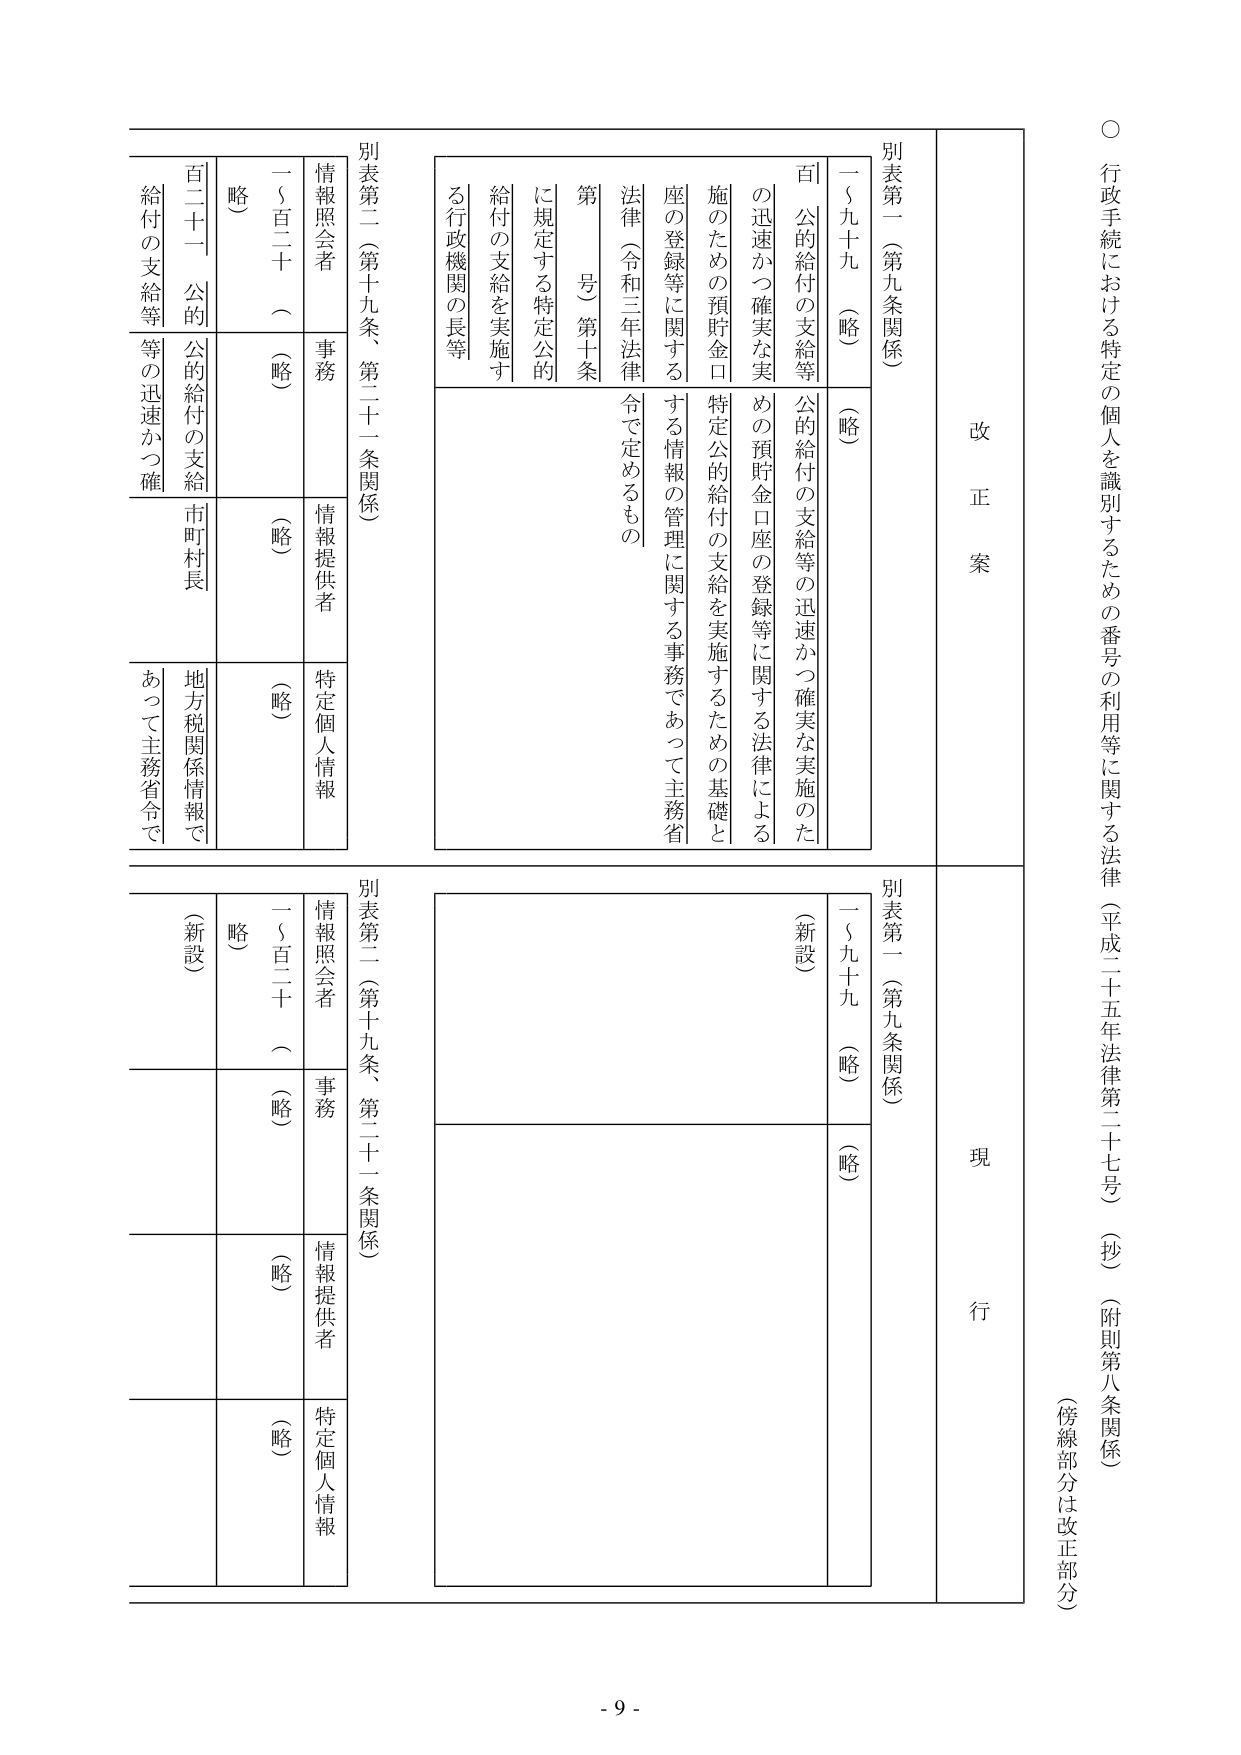
○ 行政手続における特定の個人を識別するための番号の利用等に関する法律（平成二十五年法律第二十七号）（抄）（附則第八条関係）
（傍線部分は改正部分）

改正案
別表第一（第九条関係）
一～九十九（略）
百 公的給付の支給等の迅速かつ確実な実施のための預貯金口座の登録等に関する法律による特定公的給付の支給を実施するための基礎となる情報の管理に関する事務であって主務省令で定めるもの
法律（令和三年法律第　号）第十条
に規定する特定公的給付の支給を実施する行政機関の長等

別表第二（第十九条、第二十一条関係）
情報照会者 事務
一～百二十（略）
（略）
情報提供者
特定個人情報
百二十一 公的給付の支給等の迅速かつ確実な実施のための預貯金口座の登録等に関する法律による特定公的給付の支給を実施するための基礎となる情報の管理に関する事務であって主務省令で定めるもの
市町村長
地方税関係情報であって主務省令で

現行
別表第一（第九条関係）
一～九十九（略）
（新設）
別表第二（第十九条、第二十一条関係）
情報照会者 事務
一～百二十（略）
（略）
情報提供者
特定個人情報
（新設）

- 9 -